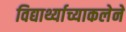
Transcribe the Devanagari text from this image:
विद्यार्थ्याच्याकलेने